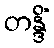
တန္ဒိံ